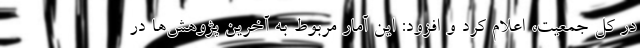
در کل جمعیت، اعلام کرد و افزود: این آمار مربوط به آخرین پژوهش‌ها در